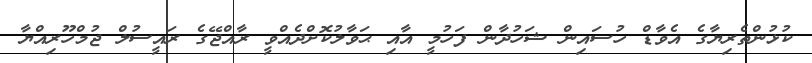
ކުޅުންތެރިޔާގެ އެވާޑް ހުސައިން ޝަހުދާން ފަހުމީ އާއި ޙަވާލުކޮށްދެއްވީ ރާއްޖޭގެ ރައީސުލް ޖުމްހޫރިއްޔާ